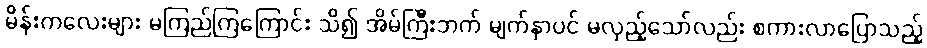
မိန်းကလေးများ မကြည်ကြကြောင်း သိ၍ အိမ်ကြီးဘက် မျက်နှာပင် မလှည့်သော်လည်း စကားလာပြောသည့်